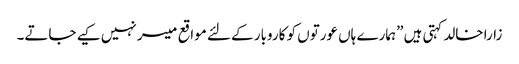
زارا خالد کہتی ہیں ”ہمارے ہاں عورتوں کو کاروبار کے لئے مواقع میسر نہیں کیے جاتے۔